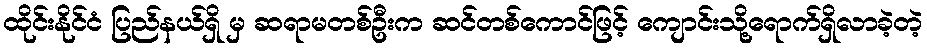
ထိုင်းနိုင်ငံ ပြည်နယ်ရှိ မှ ဆရာမတစ်ဦးက ဆင်တစ်ကောင်ဖြင့် ကျောင်းသို့ရောက်ရှိလာခဲ့တဲ့